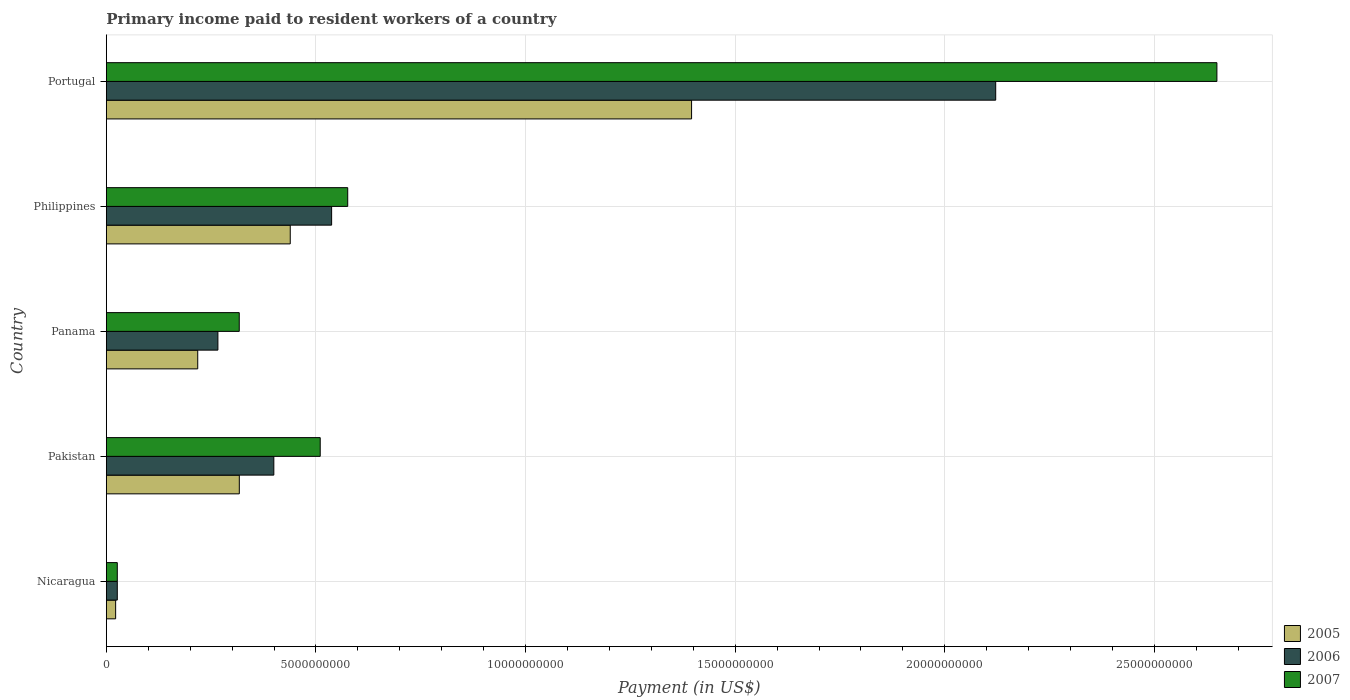
| Country | 2005 | 2006 | 2007 |
 | --- | --- | --- | --- |
 | Nicaragua | 2.22e+08 | 2.62e+08 | 2.61e+08 |
 | Pakistan | 3.17e+09 | 4e+09 | 5.1e+09 |
 | Panama | 2.18e+09 | 2.66e+09 | 3.17e+09 |
 | Philippines | 4.39e+09 | 5.37e+09 | 5.76e+09 |
 | Portugal | 1.4e+10 | 2.12e+10 | 2.65e+10 |